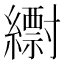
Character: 𦆝